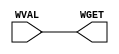
module BypassCrossingWire(WGET, WVAL);

   
   parameter width = 1;
            
   input [width - 1 : 0]    WVAL;

   output [width - 1 : 0]   WGET;

   assign WGET = WVAL;

endmodule